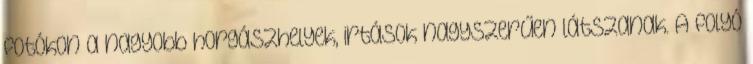
fotókon a nagyobb horgászhelyek, irtások nagyszerűen látszanak. A folyó